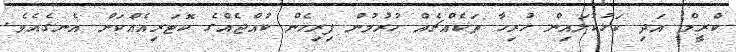
ކްރީމް އަދި ކަޅުކުލައިން ހުރިހާ ތަކެއްޗެއް ހުރުމުން ފިރިހެން ކުއްޖެއްގެ ކޮޓަރިއެއްކަން އެނގެއެވެ.